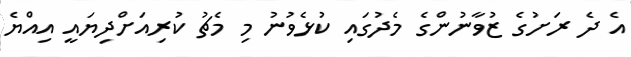
އެ ދެ ރަށުގެ ޒުވާނުންގެ މެދުގައި ކުޅެވުނު މި މެޗު ކުރިއަށްދިޔައީ އިއްޔެ